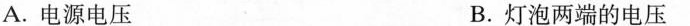
A.电源电压 B.灯泡两端的电压